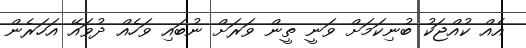
އެއް ކުއްޖަކު ބުނިކަމަށް ވަނީ ތީން ވަރަށް ނުބައި ވަހެއް ދުވައޭ އަހަރެން